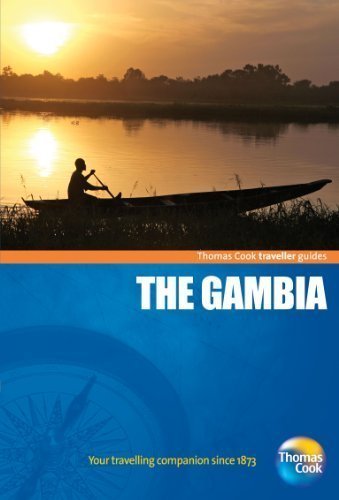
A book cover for Gambia (The), traveller guides 3rd (Travellers Guides) of Thomas Cook Publishing 3rd (third) Edition on 14 July 2011; Travel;